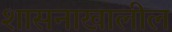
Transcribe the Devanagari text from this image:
शासनाखालील